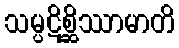
သမ္ပဋိစ္ဆိဿာမာတိ